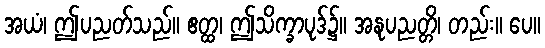
အယံ၊ ဤပညတ်သည်။ ဧတ္ထ၊ ဤသိက္ခာပုဒ်၌။ အနုပညတ္တိ၊ တည်း။ ပေ။